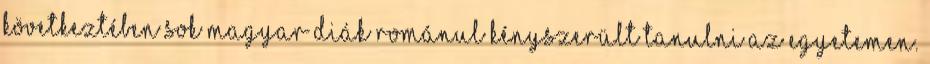
következtében sok magyar diák románul kényszerült tanulni az egyetemen.